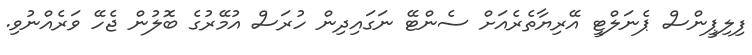
ފިލިޕީންސް ޕެނަލްޓީ އޭރިޔާތެރެއަށް ސެންޓޭ ނަގައިދިން ހުރަސް އުމޭރުގެ ބޮލުން ޖެހޭ ވަރެއްނުވި.